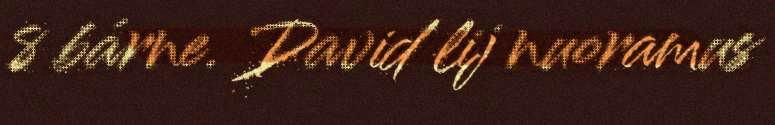
8 bárne. David lij nuoramus